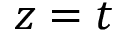
z = t